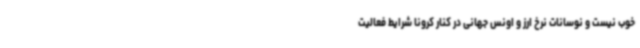
خوب نیست و نوسانات نرخ ارز و اونس جهانی در کنار کرونا شرایط فعالیت